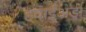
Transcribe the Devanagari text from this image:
हवाईअड़ा